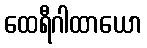
ထေရီဂါထာယော